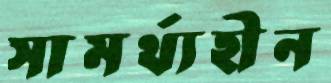
সামর্থ্যহীন